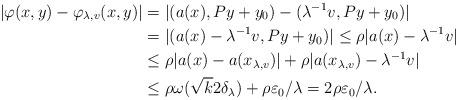
LaTeX: \begin{align*} |\varphi(x, y)-\varphi_{\lambda, v}(x, y)|&=|(a(x),Py+y_0)-(\lambda^{-1}v, Py+y_0)|\\&=|(a(x)-\lambda^{-1}v, Py+y_0)|\leq\rho|a(x)-\lambda^{-1}v|\\&\leq \rho|a(x)-a(x_{\lambda, v})|+\rho|a(x_{\lambda,v})-\lambda^{-1}v|\\&\leq\rho\omega(\sqrt{k}2\delta_\lambda)+\rho\varepsilon_0/\lambda=2\rho\varepsilon_0/\lambda.\end{align*}